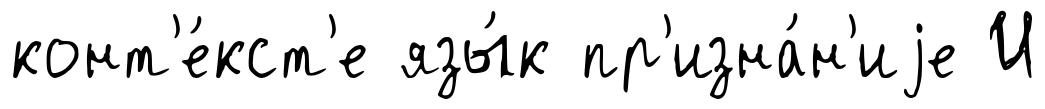
конт'е́кст'е язы́к пр'изна́н'иjе И